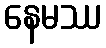
နေမဿ